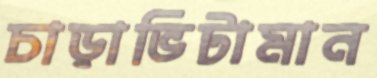
চাড়াভিটামান